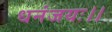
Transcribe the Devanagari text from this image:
धनंजयः।।